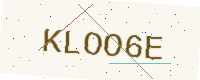
Text: KLOO6E